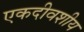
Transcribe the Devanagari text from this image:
एकदीवशीय